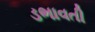
ડભાવતી